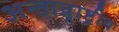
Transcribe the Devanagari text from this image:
अन्तान्र्राष्ट्रीय